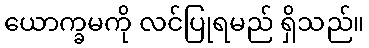
ယောက္ခမကို လင်ပြုရမည် ရှိသည်။